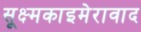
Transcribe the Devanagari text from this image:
सूक्ष्मकाइमेरावाद